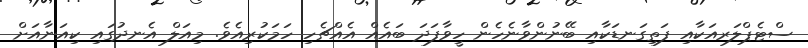
ސްޓެޕްލަރއަކާއި ފަތިގަނޑަކާއި ބޭނުންވާނެހެން ހީވާފަދަ ބައެއް އެއްޗެހި ހަމަކުރިއެވެ. މިއަލް އެނދުގައި ކިއަނާއަށް